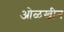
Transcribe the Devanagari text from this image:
ओळखीन